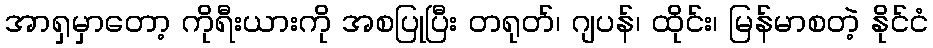
အာရှမှာတော့ ကိုရီးယားကို အစပြုပြီး တရုတ်၊ ဂျပန်၊ ထိုင်း၊ မြန်မာစတဲ့ နိုင်ငံ